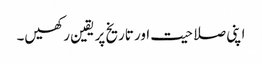
اپنی صلاحیت اور تاریخ پر یقین رکھیں۔